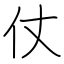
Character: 仗